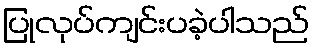
ပြုလုပ်ကျင်းပခဲ့ပါသည်